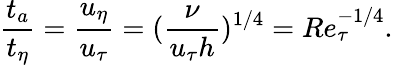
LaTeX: \frac{t_{a}}{t_{\eta}}=\frac{u_{\eta}}{u_{\tau}}=(\frac{\nu}{u_{\tau}h})^{1/4}=Re_{\tau}^{-1/4}.